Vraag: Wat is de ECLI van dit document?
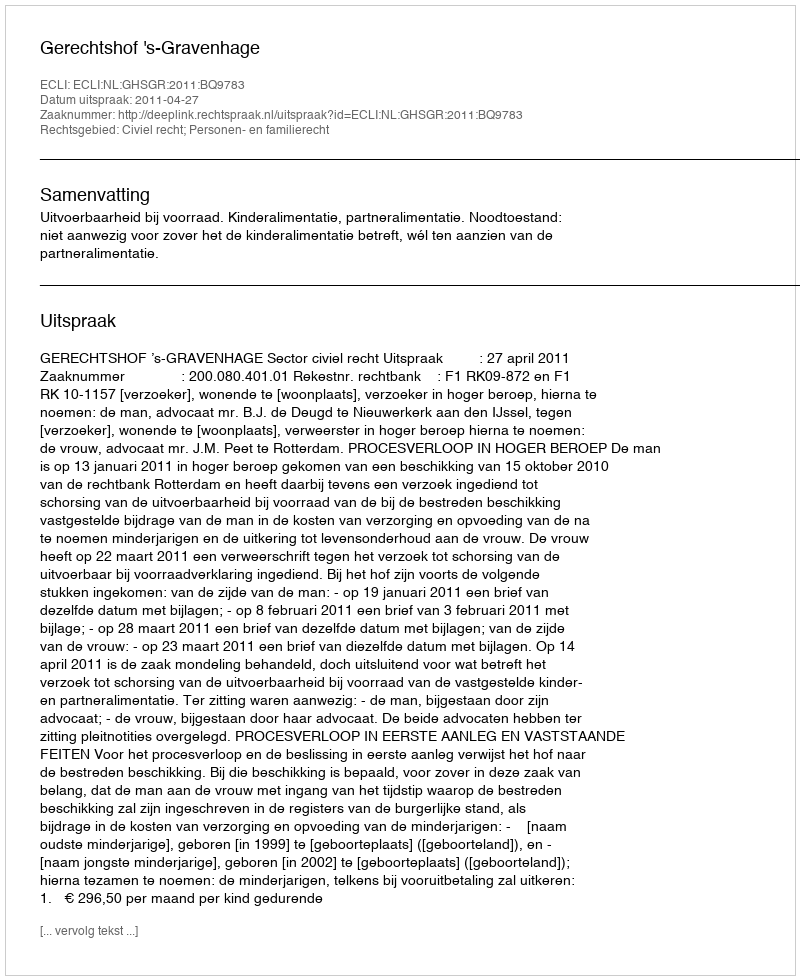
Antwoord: ECLI:NL:GHSGR:2011:BQ9783